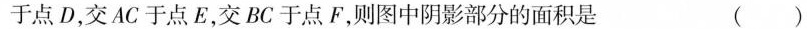
于点D，交AC于点E，交BC于点F，则图中阴影部分的面积是 ()